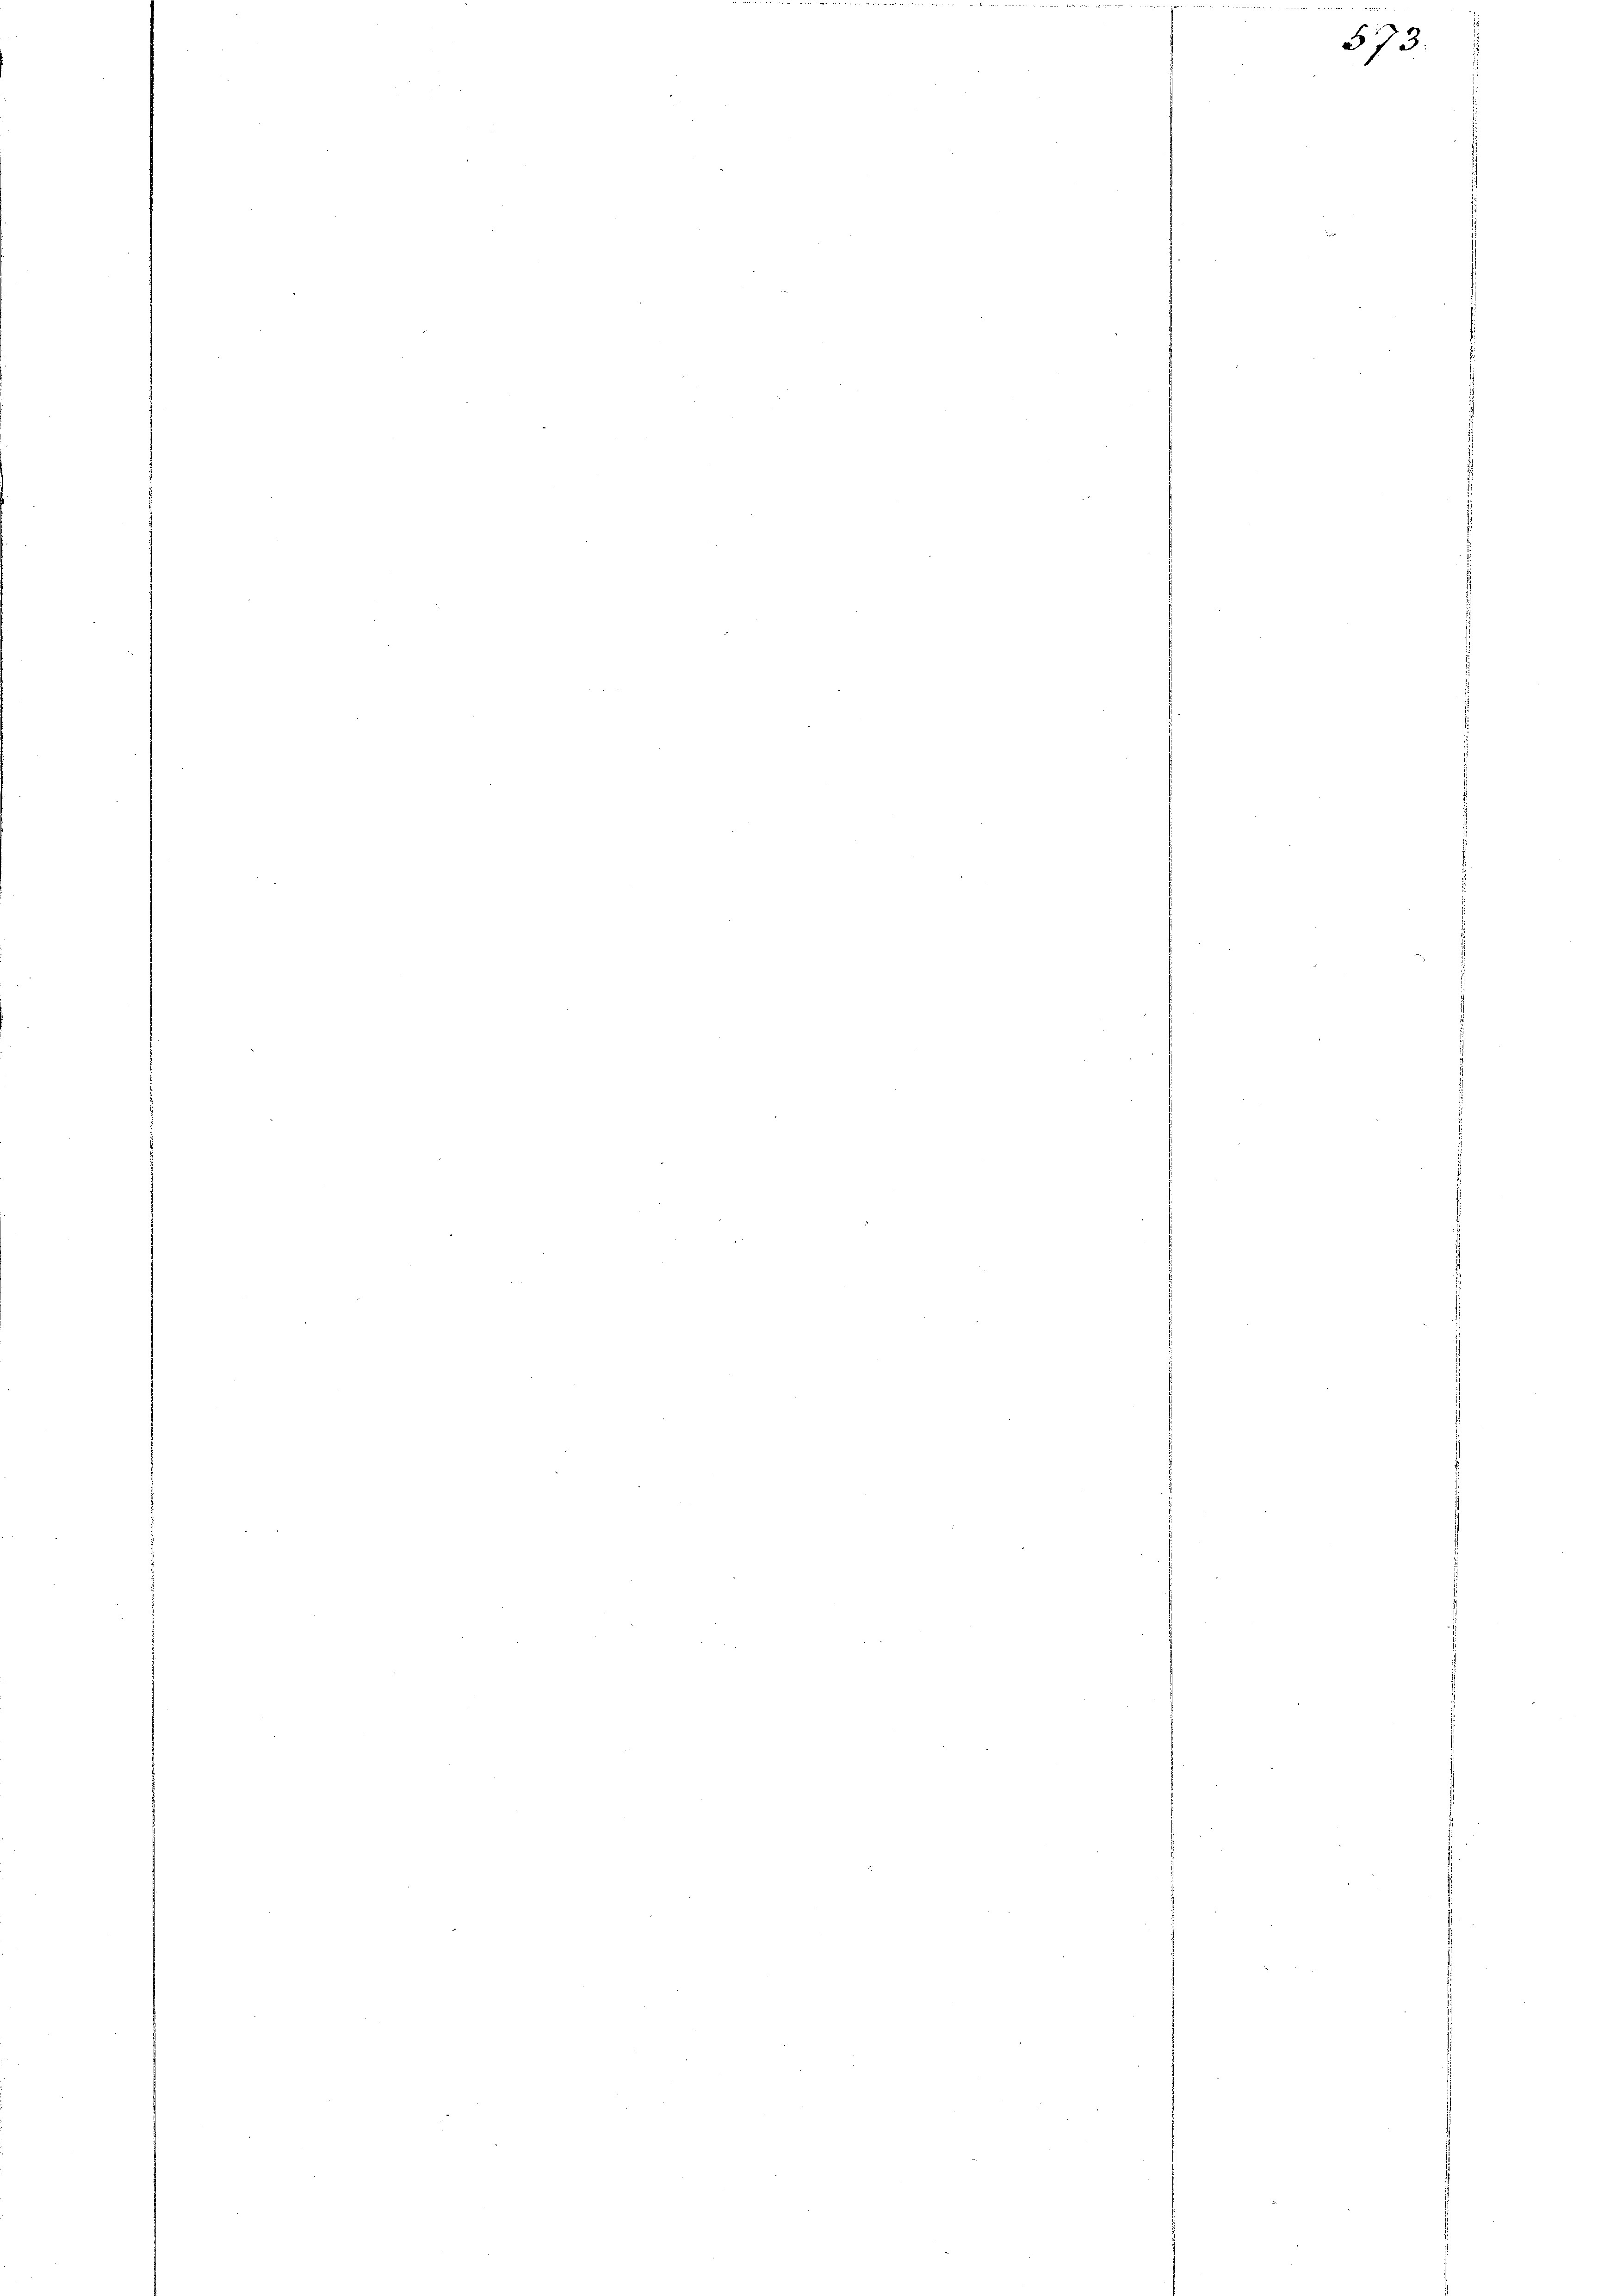
573.